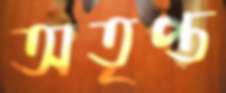
অতৃপ্ত